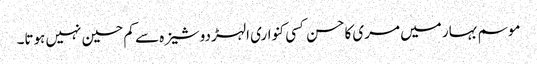
موسم بہار میں مری کاحسن کسی کنواری الہڑ دوشیزہ سے کم حسین نہیں ہوتا۔